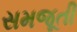
સમજૂતી